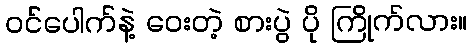
ဝင်ပေါက်နဲ့ ဝေးတဲ့ စားပွဲ ပို ကြိုက်လား။